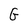
Character: G